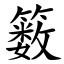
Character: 䉤